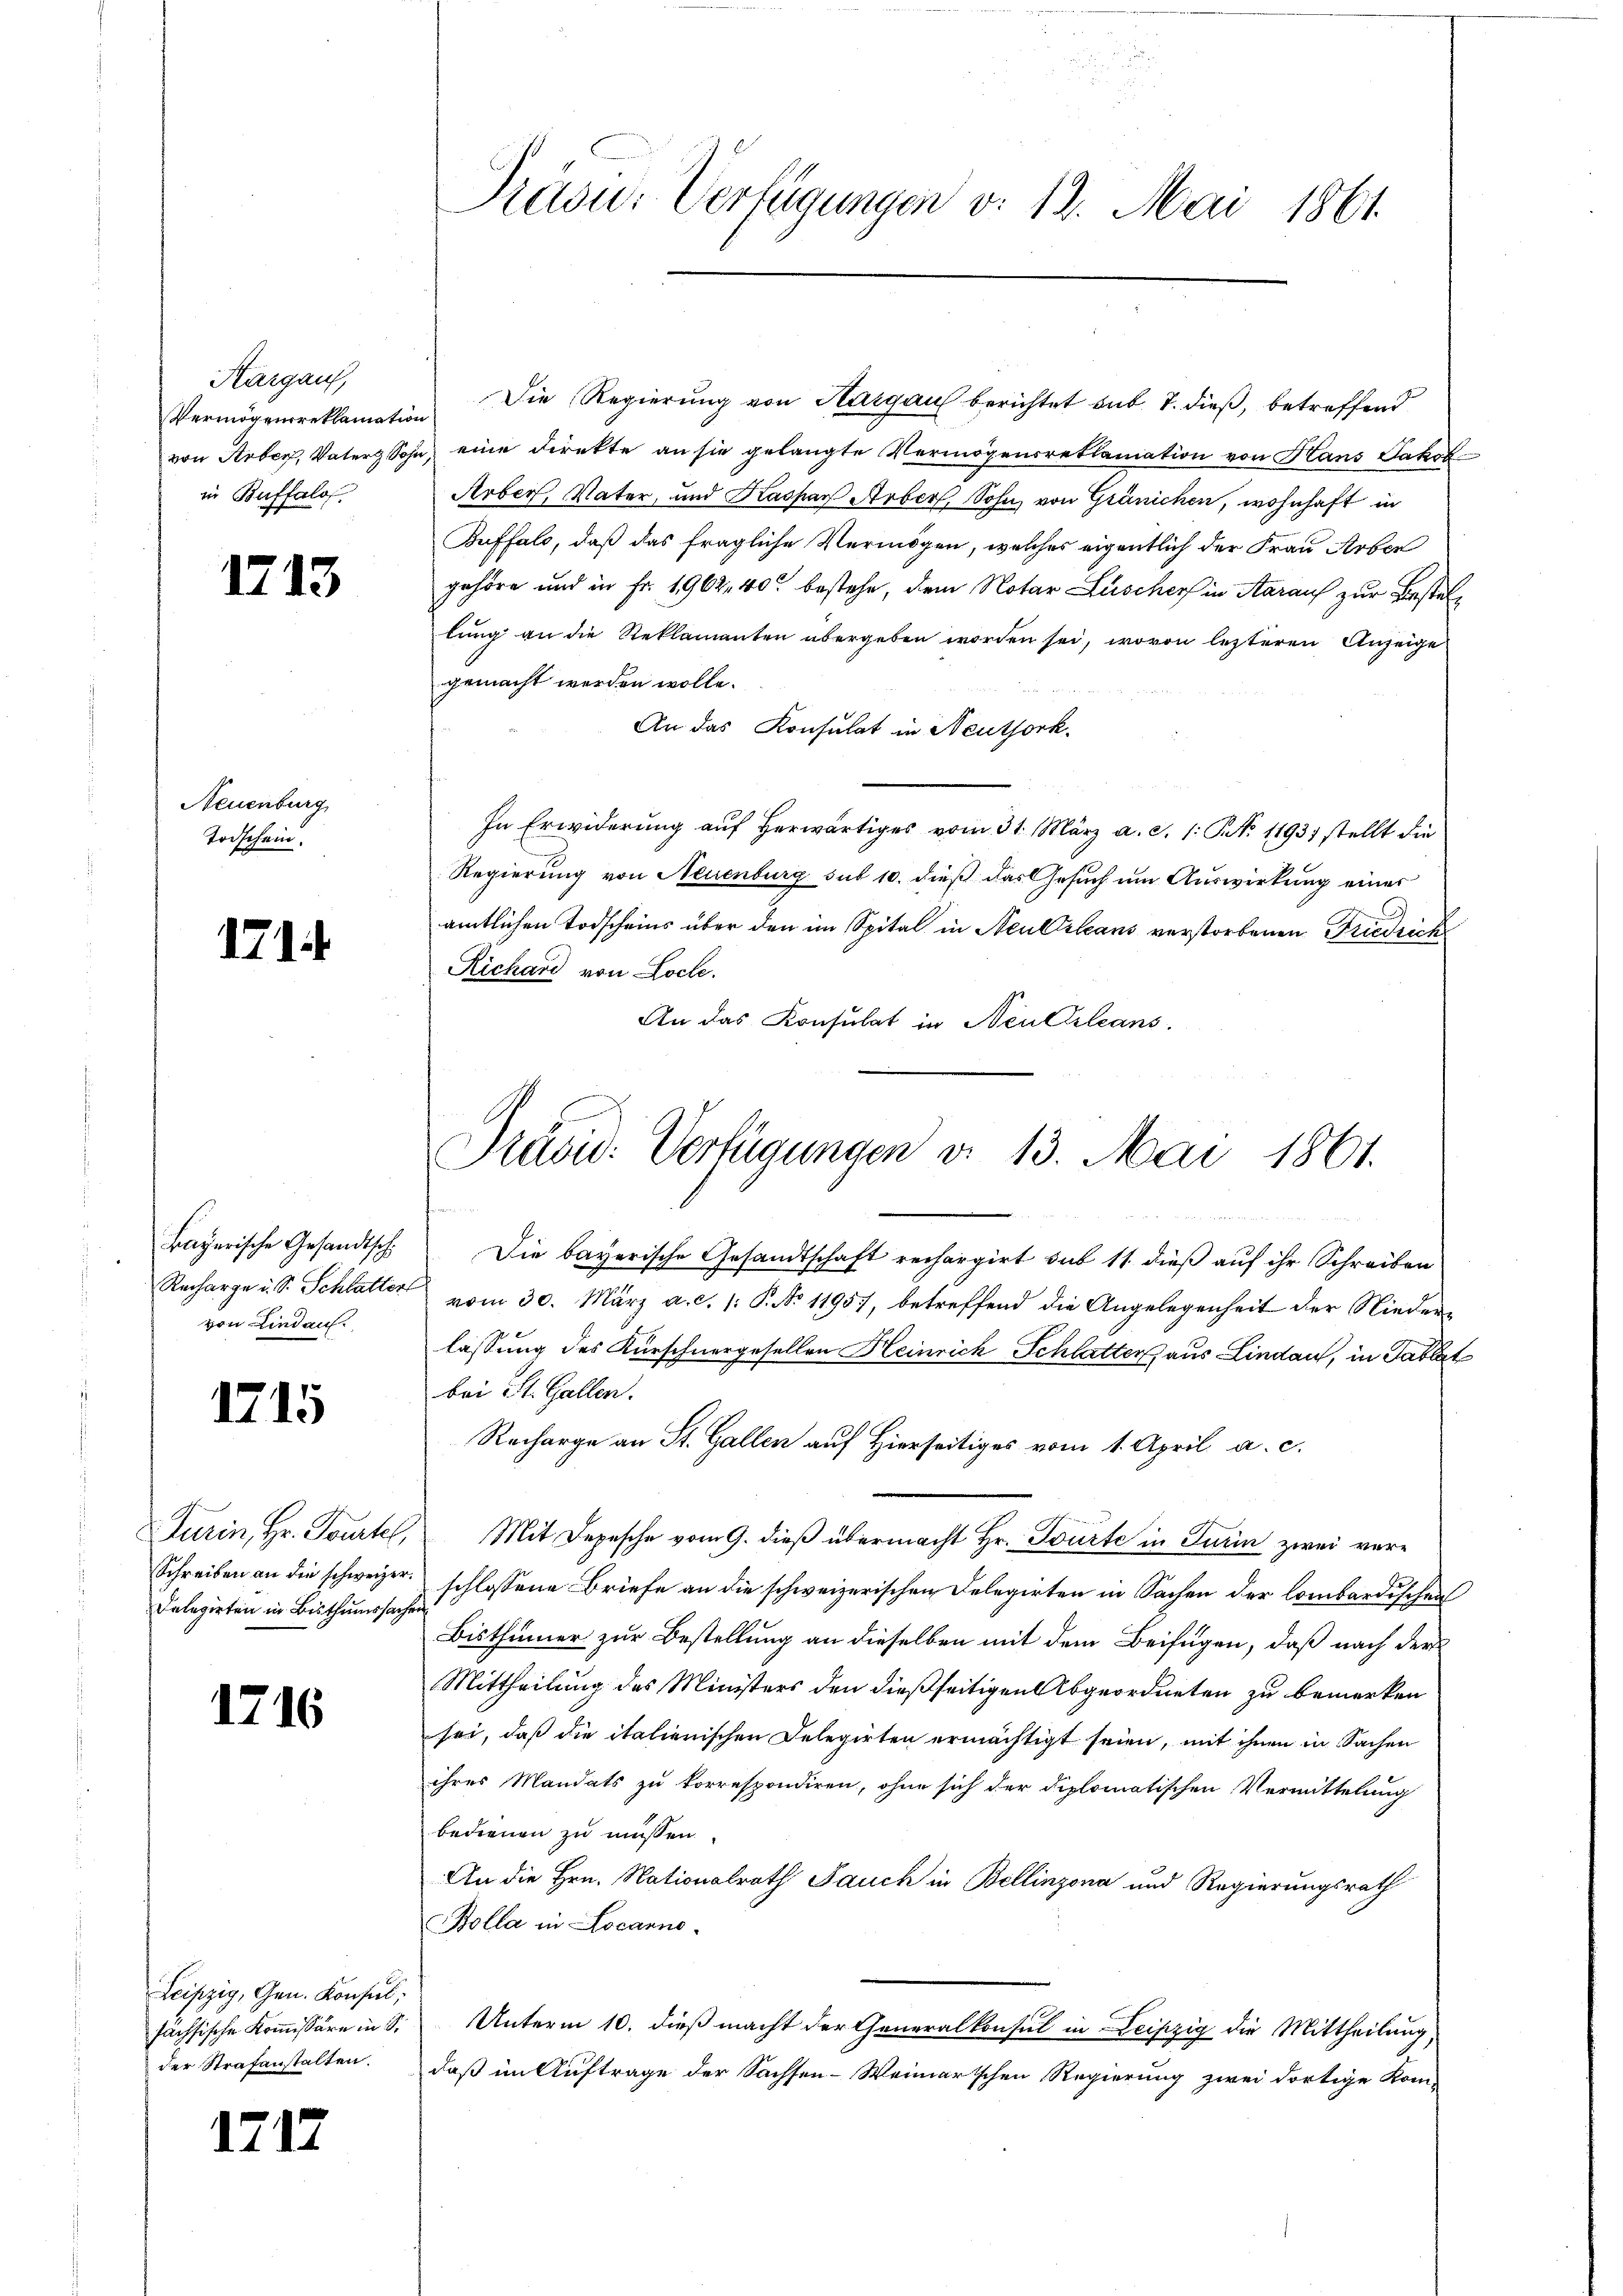
Kargau,
Vermögensreklamation
von Arber, Vater Sohn
in Buffalof

17.

Neuenburg
Todschein.

171.

Bayerische Gesandtsch
von Lindau.

17

Delegirten in Bisthumssacher

.

13

5

16

Leipzig, Gen. Konsul,
fächsische Kommissäre in S.
der Strafanstalten.

Präsu: Verfügungen v. 12. Mai 1861.

Die Regierung von Hargau berichtet sub. 7. dieß, betreffend
eine Direkte an sie gelangte Vermögensrethanation von Hans Jakob
Arber, Vater, und Kaspar Arber, Sohn, von Gränichen, wohnhaft in
Buffals, daß das fragliche Vermögen, welches eigentlich der Frau Arber
gehöre und in Fr. 1962. 40 bestehe, dem Notar Lüscher in Aarauf zur Bestellung an die Reklamanten übergeben worden sei, wovon lezteren Anzeige
gemacht werden wolle.
An das Konsulat in Neuthork
In Erwiderung auf herwärtiges vom 31. März a. c. 1. No. 11931 stellt die
Regierung von Neuenburg sub 10. dieß das Gesuch um Auswirkung einer
amtlichen Todscheins über den im Spital in Neubilans verstorbenen Friedrich
Richard von Loche.
An das Konsulat in Neuchleans

Präsid: Verfügungen v. 13. Mai 1861.

Recharge an St. Gallen auf Hierseitiges vom 1. April a. c.

Die bayerische Gesandtschaft rechargirt sub 11. dieß auf ihr Schreiben
Recharge u. S. Schlatter vom 30. März a. c. 1: P. No 11957, betreffend die Angelegenheit der Nieder-
lassung des Kürschnergesellen Heinrich Schlatter aus Lindau, in Tablat
bei St. Gallen.
Turin, Hr. Tourtel, Mit Depesche vom 9. dieß übermacht Hr. Würte in Turin zwei ver¬
Schreiben an die schweizer. schlossene Briefe an die schweizerischen Delegirten in Sachen der Lombardischen
Bisthümer zur Bestellung an dieselben mit dem Beifügen, daß nach der
Mittheilung des Ministers den dießseitigen Abgeordneten zu bemerken
sei, daß die italienischen Delegirten ermächtigt seien, mit ihnen in Sachen
ihres Mandats zu korrespondiren, ohne sich der diplomatischen Vermittelung
bedienen zu müssen.
An die Hrn. Nationalrath Jauch in Bellinzona und Regierungsrath
Bolla in Locarno.
Unterm 10. dieß macht der Generalkonsul in Leipzig die Mittheilung,
daß im Auftrage der Sachsen-Weimarischen Regierung zwei dortige Kom-